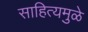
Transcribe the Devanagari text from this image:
साहित्यमुळे